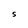
Character: S